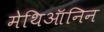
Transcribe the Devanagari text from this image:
मेथिऑनिन